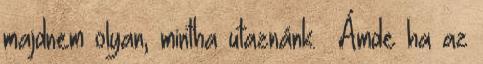
majdnem olyan, mintha utaznánk. Ámde ha az